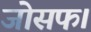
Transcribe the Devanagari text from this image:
जोसफ।